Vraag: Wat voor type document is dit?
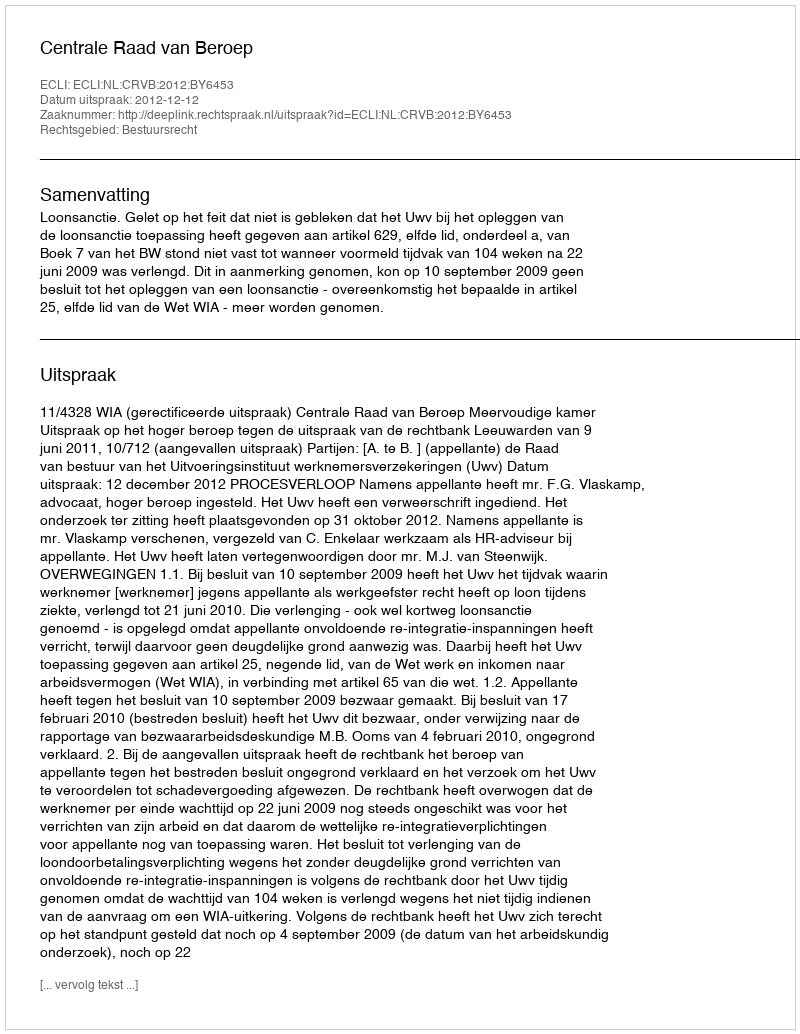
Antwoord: Uitspraak